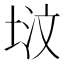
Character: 𪣢